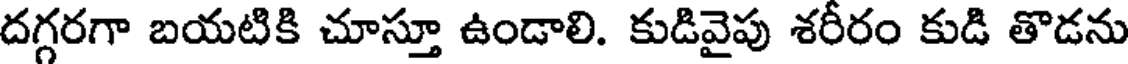
దగ్గరగా బయటికి చూస్తూ ఉండాలి. కుడివైపు శరీరం కుడి తొడను